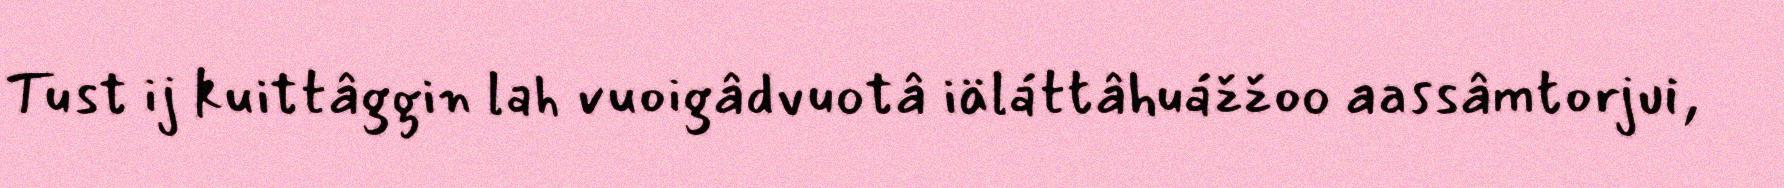
Tust ij kuittâggin lah vuoigâdvuotâ iäláttâhuážžoo aassâmtorjui,